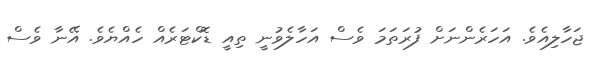
ޖަހާލިއެވެ. އަހަރެންނަށް ފުރަތަމަ ވެސް އަހާލެވުނީ ތިއީ ޑޮކްޓަރެއް ހެއްޔެވެ. އޭނާ ވެސް